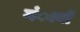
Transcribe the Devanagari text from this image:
गंावों